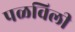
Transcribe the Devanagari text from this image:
पळविली